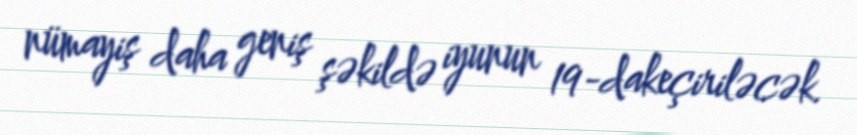
nümayiş daha geniş şəkildə iyunun 19-dakeçiriləcək.